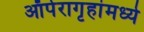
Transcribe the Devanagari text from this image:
ऑपेरागृहांमध्ये